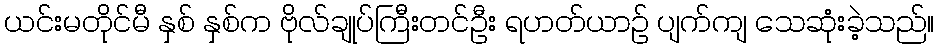
ယင်းမတိုင်မီ နှစ် နှစ်က ဗိုလ်ချုပ်ကြီးတင်ဦး ရဟတ်ယာဉ် ပျက်ကျ သေဆုံးခဲ့သည်။